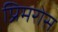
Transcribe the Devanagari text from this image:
प्रिमरोस